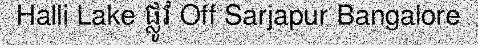
Halli Lake ផ្លូវ Off Sarjapur Bangalore